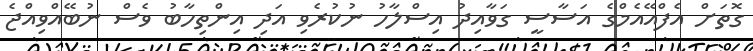
ގޮތަށް އެފްއޭއެމްގެ އަސާސީ ގަވާއިދު އިސްލާހު ނުކުރެވި އަދި އިންތިހާބު ވެސް ނުބޭއްވިއްޖެ